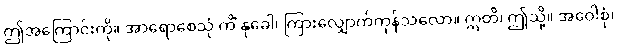
ဤအကြောင်းကို။ အာရောစေသုံ ကိံ နုခေါ၊ ကြားလျှောက်ကုန်သလော။ ဣတိ၊ ဤသို့။ အဝေါစုံ၊